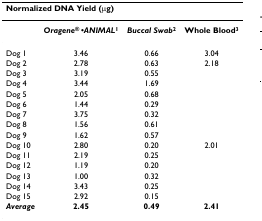
| <COLSPAN=4> Normalized DNA Yield (μg) |
 | --- | --- | --- | --- |
 |  | Oragene® •ANIMAL1 | Buccal Swab2 | Whole Blood3 |
 | Dog 1 | 3.46 | 0.66 | 3.04 |
 | Dog 2 | 2.78 | 0.63 | 2.18 |
 | Dog 3 | 3.19 | 0.55 |  |
 | Dog 4 | 3.44 | 1.69 |  |
 | Dog 5 | 2.05 | 0.68 |  |
 | Dog 6 | 1.44 | 0.29 |  |
 | Dog 7 | 3.75 | 0.32 |  |
 | Dog 8 | 1.56 | 0.61 |  |
 | Dog 9 | 1.62 | 0.57 |  |
 | Dog 10 | 2.80 | 0.20 | 2.01 |
 | Dog 11 | 2.19 | 0.25 |  |
 | Dog 12 | 1.19 | 0.20 |  |
 | Dog 13 | 1.00 | 0.32 |  |
 | Dog 14 | 3.43 | 0.25 |  |
 | Dog 15 | 2.92 | 0.15 |  |
 | Average | 2.45 | 0.49 | 2.41 |